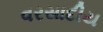
વરસાદીય